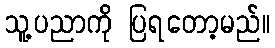
သူ့ပညာကို ပြရတော့မည်။